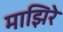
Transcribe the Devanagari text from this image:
माझिरे